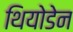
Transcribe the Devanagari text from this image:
थियोडेन